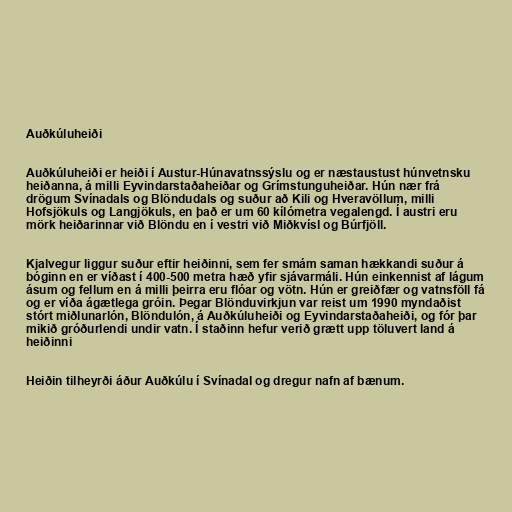
Auðkúluheiði

Auðkúluheiði er heiði í Austur-Húnavatnssýslu og er næstaustust húnvetnsku
heiðanna, á milli Eyvindarstaðaheiðar og Grímstunguheiðar. Hún nær frá
drögum Svínadals og Blöndudals og suður að Kili og Hveravöllum, milli
Hofsjökuls og Langjökuls, en það er um 60 kílómetra vegalengd. Í austri eru
mörk heiðarinnar við Blöndu en í vestri við Miðkvísl og Búrfjöll.

Kjalvegur liggur suður eftir heiðinni, sem fer smám saman hækkandi suður á
bóginn en er víðast í 400-500 metra hæð yfir sjávarmáli. Hún einkennist af lágum
ásum og fellum en á milli þeirra eru flóar og vötn. Hún er greiðfær og vatnsföll fá
og er víða ágætlega gróin. Þegar Blönduvirkjun var reist um 1990 myndaðist
stórt miðlunarlón, Blöndulón, á Auðkúluheiði og Eyvindarstaðaheiði, og fór þar
mikið gróðurlendi undir vatn. Í staðinn hefur verið grætt upp töluvert land á
heiðinni

Heiðin tilheyrði áður Auðkúlu í Svínadal og dregur nafn af bænum.